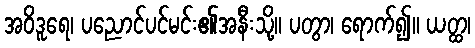
အဝိဒူရေ၊ ပညောင်ပင်မင်း၏အနီးသို့။ ပတွာ၊ ရောက်၍။ ယတ္ထ၊